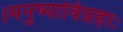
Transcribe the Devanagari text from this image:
।मनुष्याविग्रहाः